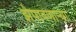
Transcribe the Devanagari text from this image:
झेपावणाऱ्या